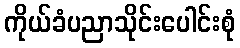
ကိုယ်ခံပညာသိုင်းပေါင်းစုံ